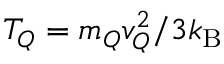
T _ { Q } = m _ { Q } v _ { Q } ^ { 2 } / 3 k _ { \mathrm { B } }